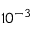
1 0 ^ { - 3 }